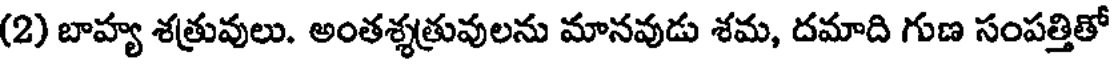
(2) బాహ్య శత్రువులు. అంతశ్శత్రువులను మానవుడు శమ, దమాది గుణ సంపత్తితో